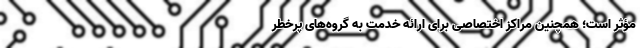
مؤثر است؛ همچنین مراکز اختصاصی برای ارائه خدمت به گروه‌‌های پرخطر